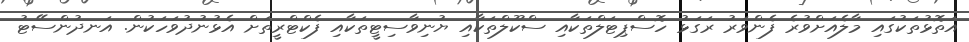
އަތޮޅުތަކުގައި މާލެއަށްވުރެ ފެންވަރު ރަގަޅު ހޮސްޕިޓަލްތަކާއި ސްކޫލްތަކާއި ޔުނިވާސިޓީތަކާއި ފެކްޓްރީތަށް އެޅުނުދުވަހަކުން. އަނދުންސޭޓު